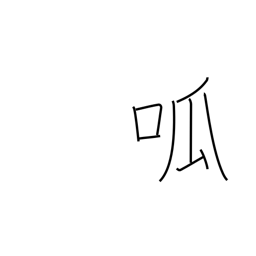
Meaning: cry